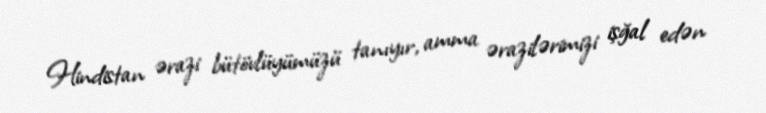
Hindistan ərazi bütövlüyümüzü tanıyır, amma ərazilərimizi işğal edən